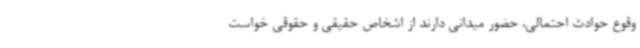
وقوع حوادث احتمالی، حضور میدانی دارند از اشخاص حقیقی و حقوقی خواست